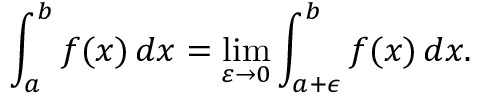
\int _ { a } ^ { b } f ( x ) \, d x = \operatorname* { l i m } _ { \varepsilon \to 0 } \int _ { a + \epsilon } ^ { b } f ( x ) \, d x .